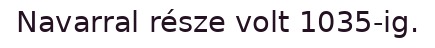
Navarral része volt 1035-ig.